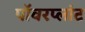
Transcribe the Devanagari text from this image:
पॉवरप्लांट